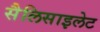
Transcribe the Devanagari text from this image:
सैलिसाइलेट